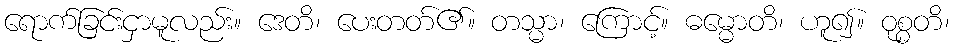
ရောက်ခြင်းငှာမူလည်း။ ဒေတိ၊ ပေးတတ်၏။ တသ္မာ၊ ကြောင့်။ ဓမ္မောတိ၊ ဟူ၍။ ဝုစ္စတိ၊